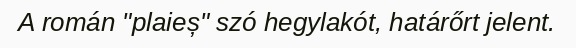
A román "plaieș" szó hegylakót, határőrt jelent.